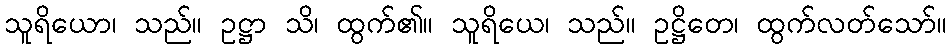
သူရိယော၊ သည်။ ဥဋ္ဌာ သိ၊ ထွက်၏။ သူရိယေ၊ သည်။ ဥဋ္ဌိတေ၊ ထွက်လတ်သော်။